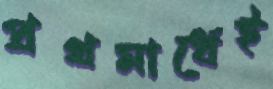
প্রথমার্ধেই